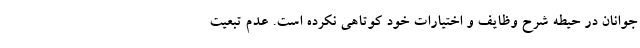
جوانان در حیطه شرح وظایف و اختیارات خود کوتاهی نکرده است. عدم تبعیت